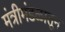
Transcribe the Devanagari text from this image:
मंत्रीमंडळातून